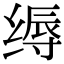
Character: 缛